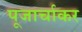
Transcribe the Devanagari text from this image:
पूजार्चाकर